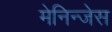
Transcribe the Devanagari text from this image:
मेनिन्जेस